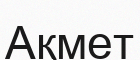
Ақмет